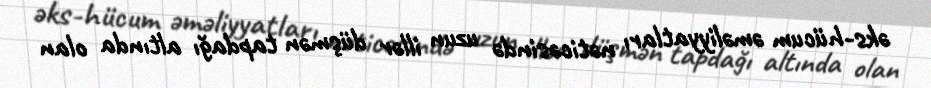
əks-hücum əməliyyatları nəticəsində uzun illər düşmən tapdağı altında olan